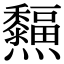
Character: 𤓜